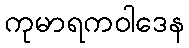
ကုမာရကဝါဒေန